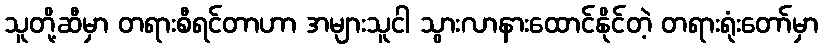
သူတို့ဆီမှာ တရားစီရင်တာဟာ အများသူငါ သွားလာနားထောင်နိုင်တဲ့ တရားရုံးတော်မှာ